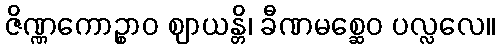
ဇိဏ္ဏကောဉ္စာဝ ဈာယန္တိ၊ ခီဏမစ္ဆေဝ ပလ္လလေ။